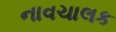
નાવચાલક